Burma Government Medical School reports 1907-22
Year: 1907
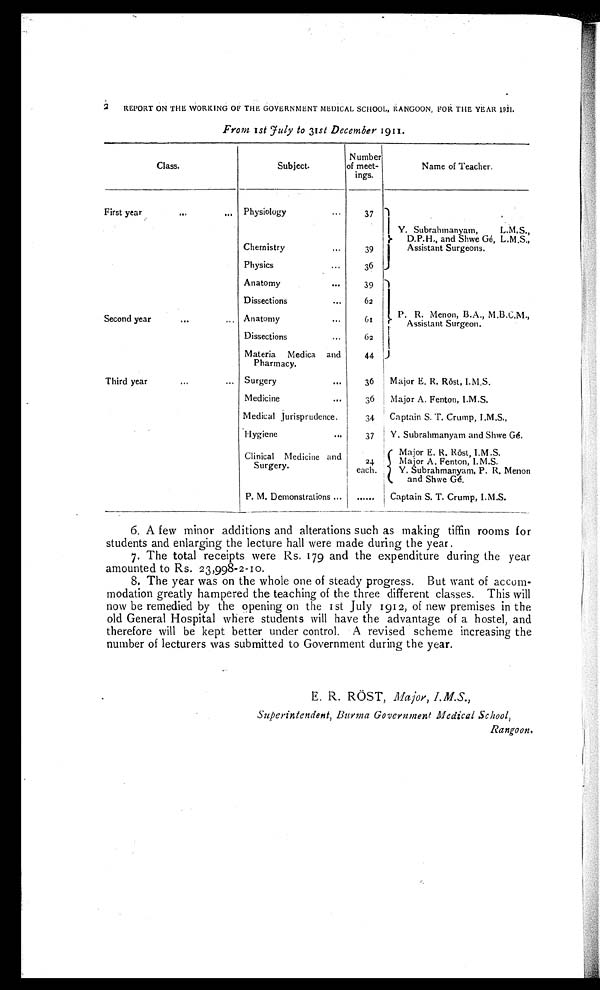
2 REPORT ON THE WORKING OF THE GOVERNMENT MEDICAL SCHOOL, RANGOON, FOR THE YEAR 1911.
From 1st July to 31st December 1911.
Class.
Subject.
Number
of meet-
ings.
Name of Teacher.
First year
...
... Physiology
...
37
Y. Subrahmanyam,
L.M.S.,
D.P.H., and Shwe Gé, L.M.S.,
Assistant Surgeons.
Chemistry
...
39
Physics
...
36
Second year
...
...
Anatomy
...
39
P. R. Menon, B.A., M.B.C.M.,
Assistant Surgeon.
Dissections
...
62
Anatomy
...
61
Dissections
...
62
Materia Medica and
Pharmacy.
44
Third year
...
... Surgery
...
36 Major E. R. Rŏst, I.M.S.
Medicine
...
36 Major A. Fenton, I.M.S.
Medical Jurisprudence.
34 Captain S. T. Crump, I.M.S.,
Hygiene
...
37 Y. Subrahmanyam and Shwe Gé.
Clinical Medicine and
Surgery.
24
each.
Major E. R. Röst, I.M.S.
Major A. Fenton, I.M.S.
Y. Subrahmanyam, P. R. Menon
and Shwe Gé.
P. M. Demonstrations ... ...... Captain S. T. Crump, I.M.S.
6. A few minor additions and alterations such as making tiffin rooms for
students and enlarging the lecture hall were made during the year.
7. The total receipts were Rs. 179 and the expenditure during the year
amounted to Rs. 23,998-2-10.
8. The year was on the whole one of steady progress. But want of accom
-
modation greatly hampered the teaching of the three different classes. This will
now be remedied by the opening on the 1st July 1912, of new premises in the
old General Hospital where students will have the advantage of a hostel, and
therefore will be kept better under control. A revised scheme increasing the
number of lecturers was submitted to Government during the year.
E. R. RÖST, Major, I.M.S.,
Superintendent, Burma Government Medical School,
Rangoon.